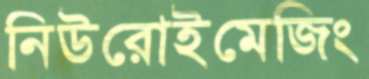
নিউরোইমেজিং